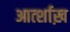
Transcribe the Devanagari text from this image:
आर्त्शाख़